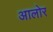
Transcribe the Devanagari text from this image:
आलोर